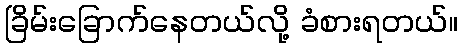
ခြိမ်းခြောက်နေတယ်လို့ ခံစားရတယ်။